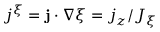
j ^ { \xi } = \mathbf { j } \cdot \nabla \xi = j _ { z } / J _ { \xi }